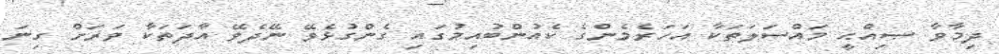
ދިމާވާ ޞިއްޙީ މައްސަލަތަކާ އަހަރެމެންގެ ކެއުންބުއިމުގައި ގެންގުޅެވޭ ނޭދެވޭ އާދަތަކާ ވަރަށް ގިނަ